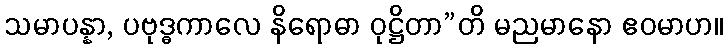
သမာပန္နာ, ပဗုဒ္ဓကာလေ နိရောဓာ ဝုဋ္ဌိတာ”တိ မညမာနော ဧဝမာဟ။